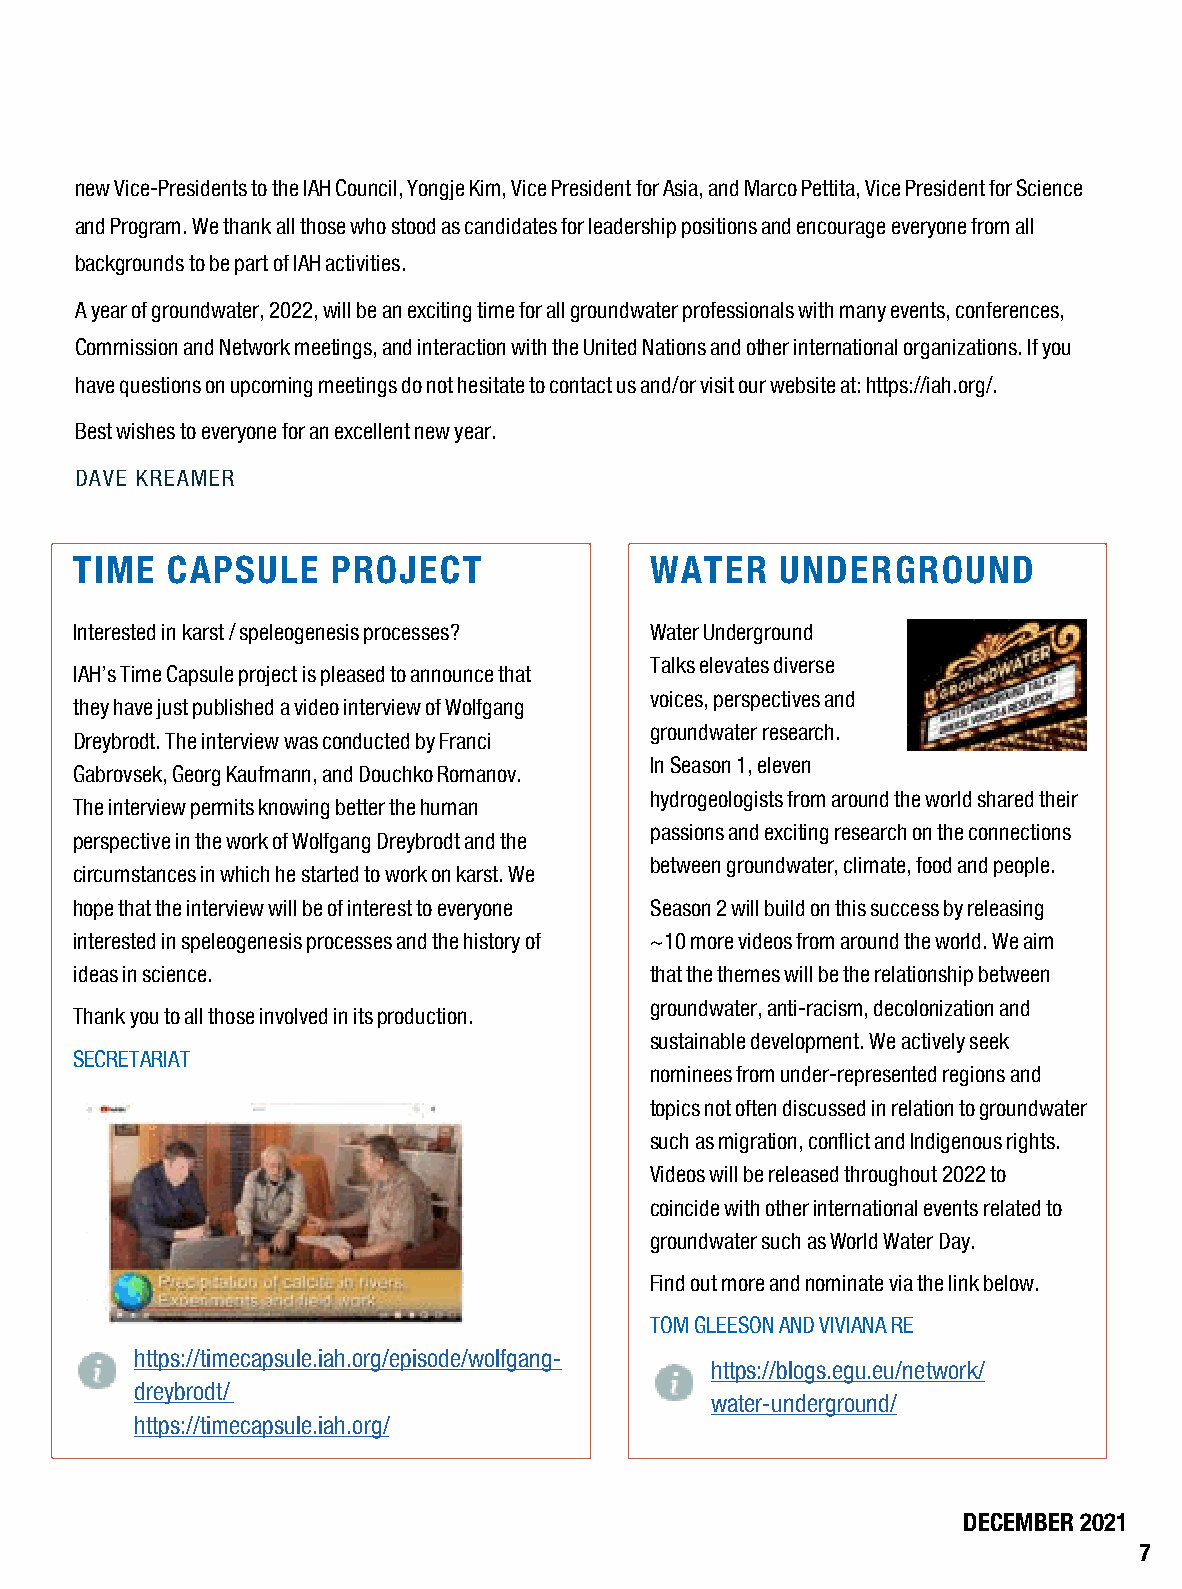
new Vice-Presidents to the IAH Council, Yongje Kim, Vice President for Asia, and Marco Pettita, Vice President for Science
 and Program. We thank all those who stood as candidates for leadership positions and encourage everyone from all
 backgrounds to be part of IAH activities.
 A year of groundwater, 2022, will be an exciting time for all groundwater professionals with many events, conferences,
 Commission and Network meetings, and interaction with the United Nations and other international organizations. If you
 have questions on upcoming meetings do not hesitate to contact us and/or visit our website at: https://iah.org/.
 Best wishes to everyone for an excellent new year.
 DAVE KREAMER
 TIME  CAPSULE    PROJECT              WATER    UNDERGROUND
 Interested in karst / speleogenesis processes? Water Underground
 Talks elevates diverse
 IAH’s Time Capsule project is pleased to announce that
 voices, perspectives and
 they have just published a video interview of Wolfgang
 groundwater research.
 Dreybrodt. The interview was conducted by Franci
 In Season 1, eleven
 Gabrovsek, Georg Kaufmann, and Douchko Romanov.
 hydrogeologists from around the world shared their
 The interview permits knowing better the human
 passions and exciting research on the connections
 perspective in the work of Wolfgang Dreybrodt and the
 between groundwater, climate, food and people.
 circumstances in which he started to work on karst. We
 hope that the interview will be of interest to everyone Season 2 will build on this success by releasing
 interested in speleogenesis processes and the history of ~10 more videos from around the world. We aim
 ideas in science.                     that the themes will be the relationship between
 groundwater, anti-racism, decolonization and
 Thank you to all those involved in its production.
 sustainable development. We actively seek
 SECRETARIAT
 nominees from under-represented regions and
 topics not often discussed in relation to groundwater
 such as migration, conflict and Indigenous rights.
 Videos will be released throughout 2022 to
 coincide with other international events related to
 groundwater such as World Water Day.
 Find out more and nominate via the link below.
 TOM GLEESON AND VIVIANA RE
 https://timecapsule.iah.org/episode/wolfgang-
 https://blogs.egu.eu/network/
 dreybrodt/
 water-underground/
 https://timecapsule.iah.org/
 DECEMBER 2021
 7